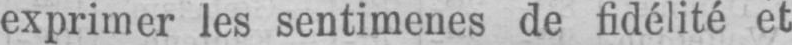
exprimer les sentimenes de fidélité et